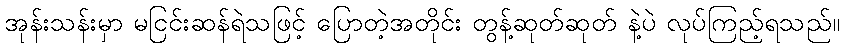
အုန်းသန်းမှာ မငြင်းဆန်ရဲသဖြင့် ပြောတဲ့အတိုင်း တွန့်ဆုတ်ဆုတ် နဲ့ပဲ လုပ်ကြည့်ရသည်။